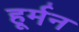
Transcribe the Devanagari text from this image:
हूर्मन